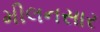
મીલનસાર